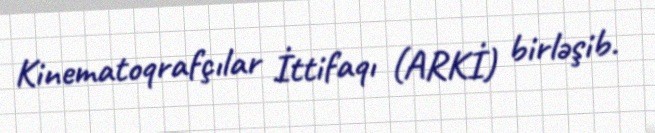
Kinematoqrafçılar İttifaqı (ARKİ) birləşib.